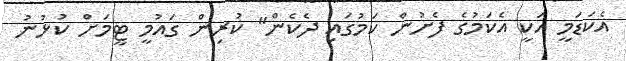
އެކަޑަމީ އަކީ އެކަމުގެ ފެށުން ކަމުގައި ދެކެން" ކުރިން ގައުމީ ޓީމަށް ކުޅުނު